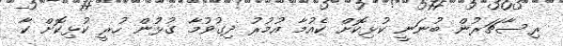
ރިސާޗަރުން ބުނަނީ ކުޅިކޮށް ކެއުމާ އުމުރު ދިގުވުމާ ގުޅުން ހުރީ ކުޅިކޮށް ކާ